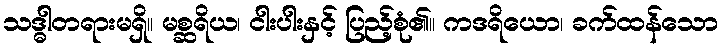
သဒ္ဓါတရားမရှိ။ မစ္ဆရိယ၊ ငါးပါးနှင့် ပြည့်စုံ၏။ ကဒရိယော၊ ခက်ထန်သော